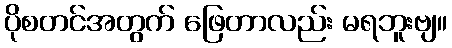
ပိုစတင်အတွက် ဖြေတာလည်း မရဘူးဗျ။